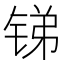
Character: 锑